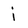
Character: i